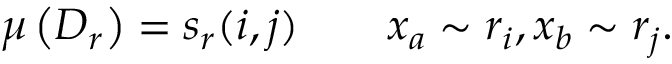
\mu \left( D _ { r } \right) = s _ { r } ( i , j ) \qquad x _ { a } \sim r _ { i } , x _ { b } \sim r _ { j } .